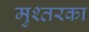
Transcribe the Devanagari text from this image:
मुश्तरका